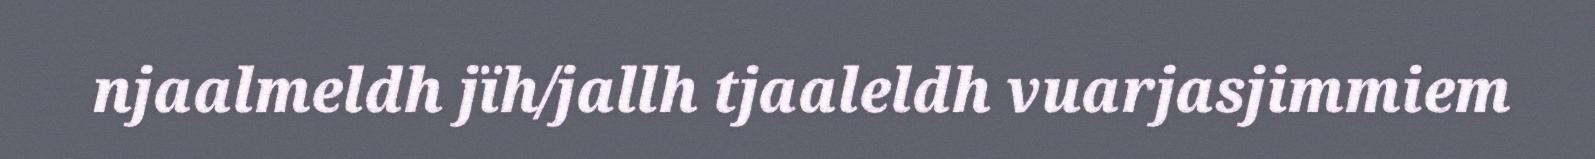
njaalmeldh jïh/jallh tjaaleldh vuarjasjimmiem